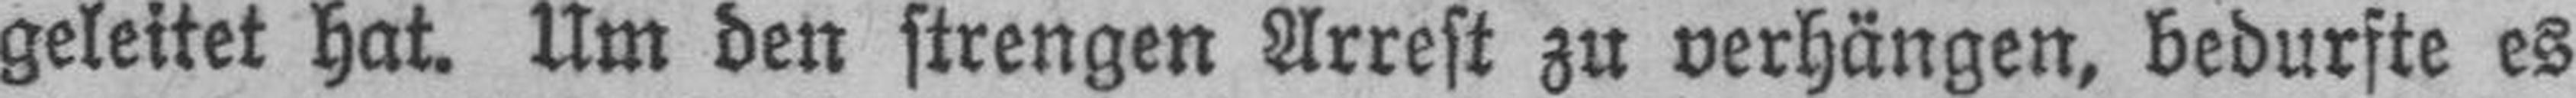
geleitet hat. Um den strengen Arrest zu verhängen, bedurfte es